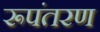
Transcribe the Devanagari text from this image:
रूपंतरण